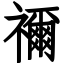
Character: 禰